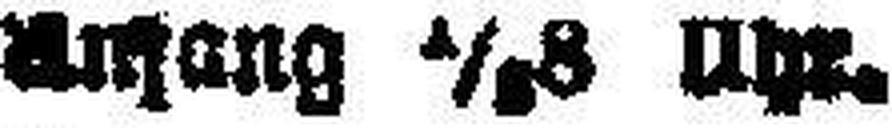
###ang 1/###8 Uhr.